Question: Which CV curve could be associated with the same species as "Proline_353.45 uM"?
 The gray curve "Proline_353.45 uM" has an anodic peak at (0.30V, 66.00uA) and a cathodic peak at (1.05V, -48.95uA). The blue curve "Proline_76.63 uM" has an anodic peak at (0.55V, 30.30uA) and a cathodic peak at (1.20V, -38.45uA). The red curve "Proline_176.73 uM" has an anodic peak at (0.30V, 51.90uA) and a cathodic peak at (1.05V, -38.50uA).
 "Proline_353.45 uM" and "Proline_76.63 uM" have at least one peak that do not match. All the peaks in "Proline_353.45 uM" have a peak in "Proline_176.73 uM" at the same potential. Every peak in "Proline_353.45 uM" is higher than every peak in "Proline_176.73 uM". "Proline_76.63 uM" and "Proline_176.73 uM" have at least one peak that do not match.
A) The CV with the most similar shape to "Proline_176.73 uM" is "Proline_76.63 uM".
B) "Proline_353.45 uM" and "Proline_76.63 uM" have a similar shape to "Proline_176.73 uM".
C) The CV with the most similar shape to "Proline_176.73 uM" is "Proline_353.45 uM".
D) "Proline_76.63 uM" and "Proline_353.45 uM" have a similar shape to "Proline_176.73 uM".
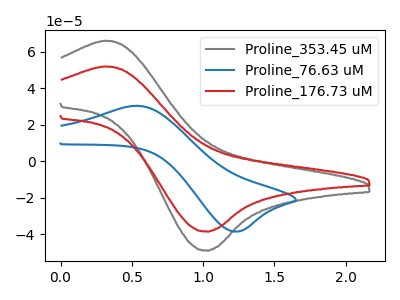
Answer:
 <answer>C) The CV with the most similar shape to "Proline_176.73 uM" is "Proline_353.45 uM".</answer>
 <eval>C</eval>